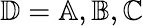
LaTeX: \mathbb{D}=\mathbb{A},\mathbb{B},\mathbb{C}